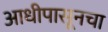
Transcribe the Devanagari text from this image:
आधीपासूनचा